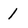
Character: 1